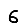
Digit: 6